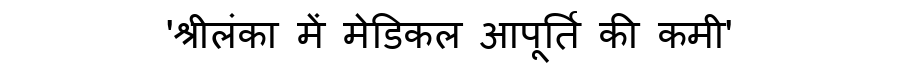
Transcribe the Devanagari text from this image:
'श्रीलंका में मेडिकल आपूर्ति की कमी'